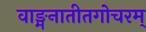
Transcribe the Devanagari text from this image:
वाङ्मनातीतगोचरम्